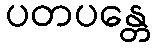
ပတပန္တေ